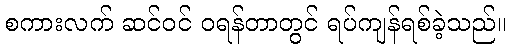
စကားလက် ဆင်ဝင် ဝရန်တာတွင် ရပ်ကျန်ရစ်ခဲ့သည်။